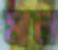
মাল